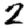
Digit: 2